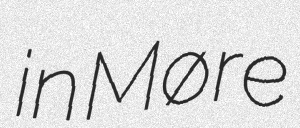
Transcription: in Møre